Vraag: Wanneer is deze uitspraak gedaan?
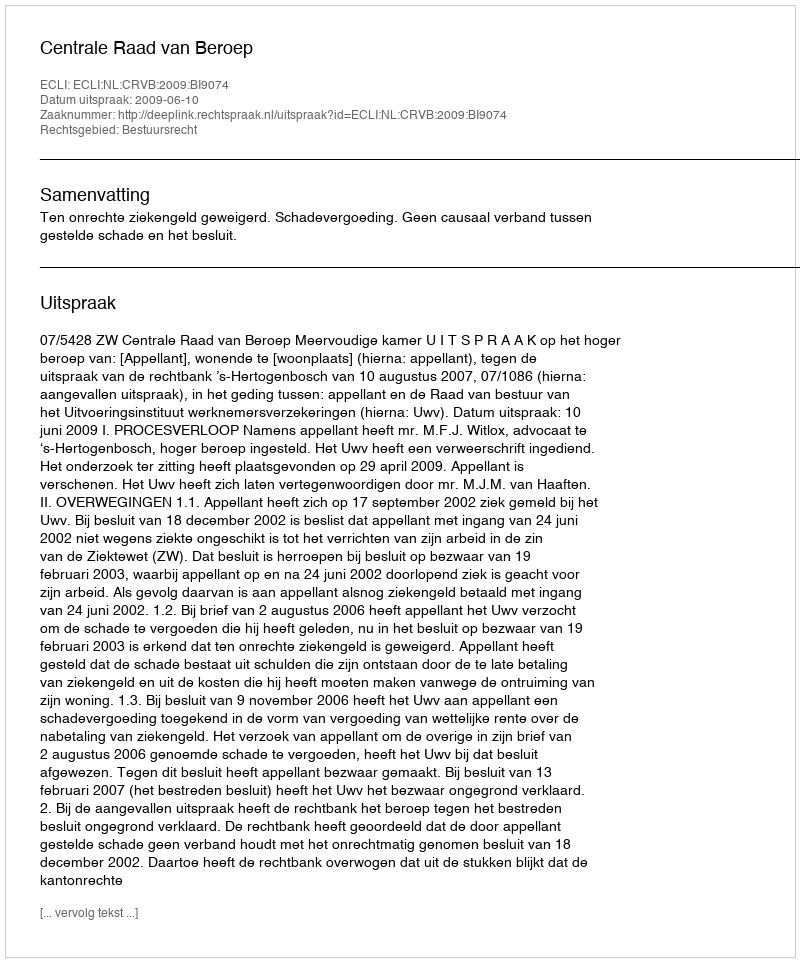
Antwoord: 2009-06-10